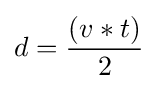
d={\frac {(v*t)}{2}}